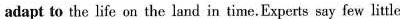
adapt to the life on the land in time. Experts say few little